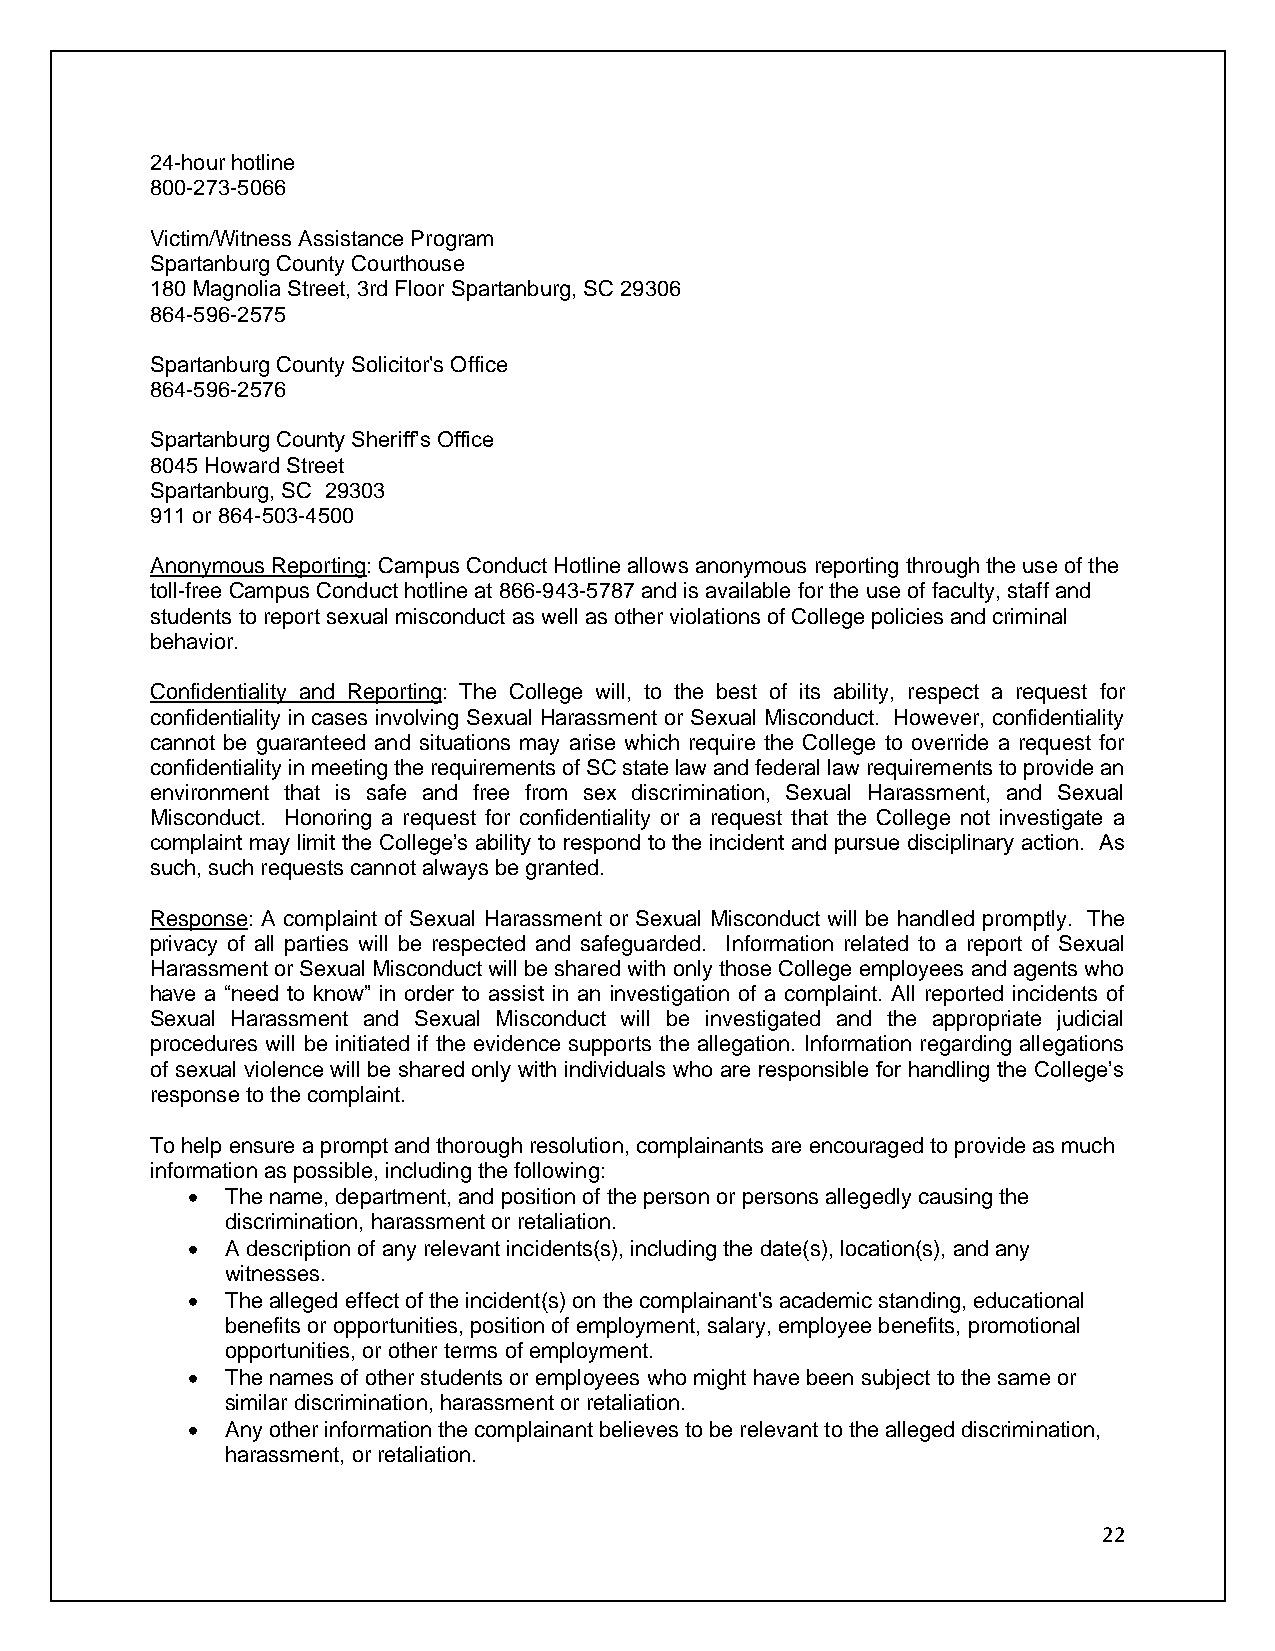
24-hour hotline
 800-273-5066
 Victim/Witness Assistance Program
 Spartanburg County Courthouse
 180 Magnolia Street, 3rd Floor Spartanburg, SC 29306
 864-596-2575
 Spartanburg County Solicitor's Office
 864-596-2576
 Spartanburg County Sheriff’s Office
 8045 Howard Street
 Spartanburg, SC 29303
 911 or 864-503-4500
 Anonymous Reporting: Campus Conduct Hotline allows anonymous reporting through the use of the
 toll-free Campus Conduct hotline at 866-943-5787 and is available for the use of faculty, staff and
 students to report sexual misconduct as well as other violations of College policies and criminal
 behavior.
 Confidentiality and Reporting: The College will, to the best of its ability, respect a request for
 confidentiality in cases involving Sexual Harassment or Sexual Misconduct. However, confidentiality
 cannot be guaranteed and situations may arise which require the College to override a request for
 confidentiality in meeting the requirements of SC state law and federal law requirements to provide an
 environment that is safe and free from sex discrimination, Sexual Harassment, and Sexual
 Misconduct. Honoring a request for confidentiality or a request that the College not investigate a
 complaint may limit the College’s ability to respond to the incident and pursue disciplinary action. As
 such, such requests cannot always be granted.
 Response: A complaint of Sexual Harassment or Sexual Misconduct will be handled promptly. The
 privacy of all parties will be respected and safeguarded. Information related to a report of Sexual
 Harassment or Sexual Misconduct will be shared with only those College employees and agents who
 have a “need to know” in order to assist in an investigation of a complaint. All reported incidents of
 Sexual Harassment and Sexual Misconduct will be investigated and the appropriate judicial
 procedures will be initiated if the evidence supports the allegation. Information regarding allegations
 of sexual violence will be shared only with individuals who are responsible for handling the College’s
 response to the complaint.
 To help ensure a prompt and thorough resolution, complainants are encouraged to provide as much
 information as possible, including the following:
 •  The name, department, and position of the person or persons allegedly causing the
 discrimination, harassment or retaliation.
 •  A description of any relevant incidents(s), including the date(s), location(s), and any
 witnesses.
 •  The alleged effect of the incident(s) on the complainant's academic standing, educational
 benefits or opportunities, position of employment, salary, employee benefits, promotional
 opportunities, or other terms of employment.
 •  The names of other students or employees who might have been subject to the same or
 similar discrimination, harassment or retaliation.
 •  Any other information the complainant believes to be relevant to the alleged discrimination,
 harassment, or retaliation.
 22